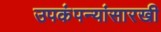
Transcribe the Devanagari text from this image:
उपकंपन्यांसारखी